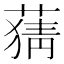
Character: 𦹤